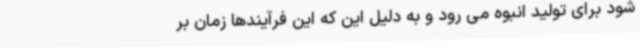
شود برای تولید انبوه می رود و به دلیل این که این فرآیندها زمان بر